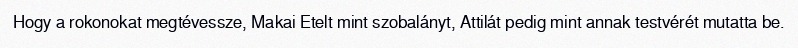
Hogy a rokonokat megtévessze, Makai Etelt mint szobalányt, Attilát pedig mint annak testvérét mutatta be.